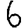
Digit: 6